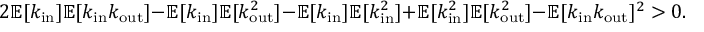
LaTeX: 2 \mathbb { E } [ k _ { \mathrm { i n } } ] \mathbb { E } [ k _ { \mathrm { i n } } k _ { \mathrm { o u t } } ] - \mathbb { E } [ k _ { \mathrm { i n } } ] \mathbb { E } [ k _ { \mathrm { o u t } } ^ { 2 } ] - \mathbb { E } [ k _ { \mathrm { i n } } ] \mathbb { E } [ k _ { \mathrm { i n } } ^ { 2 } ] + \mathbb { E } [ k _ { \mathrm { i n } } ^ { 2 } ] \mathbb { E } [ k _ { \mathrm { o u t } } ^ { 2 } ] - \mathbb { E } [ k _ { \mathrm { i n } } k _ { \mathrm { o u t } } ] ^ { 2 } > 0 .